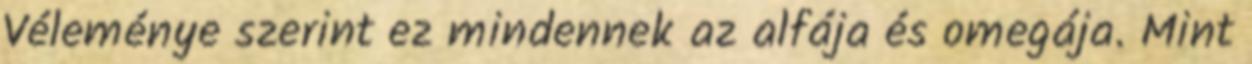
Véleménye szerint ez mindennek az alfája és omegája. Mint